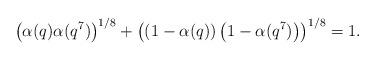
LaTeX: \begin{align*}\left(\alpha(q)\alpha(q^7)\right)^{1/8}+\left(\left(1-\alpha(q)\right)\left(1-\alpha(q^7)\right)\right)^{1/8} = 1.\end{align*}